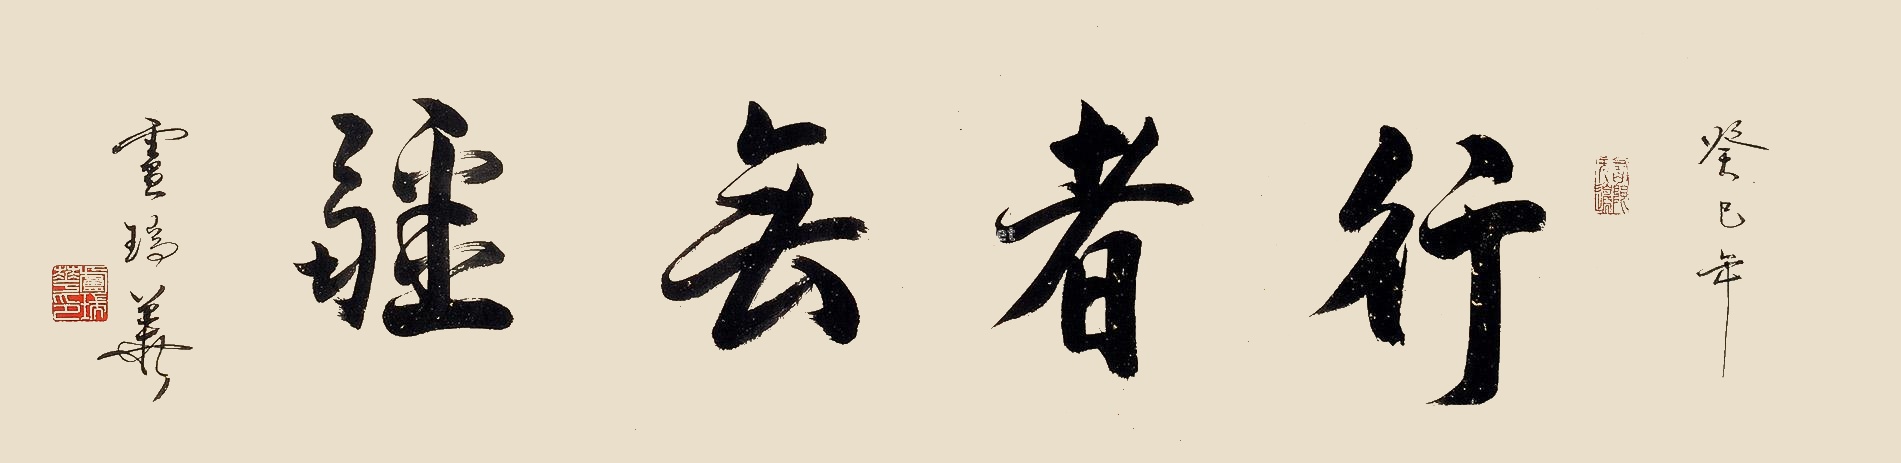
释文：行者无疆。癸巳年卢瑞华。